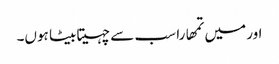
اور میں تمھارا سب سے چہیتا بیٹا ہوں۔